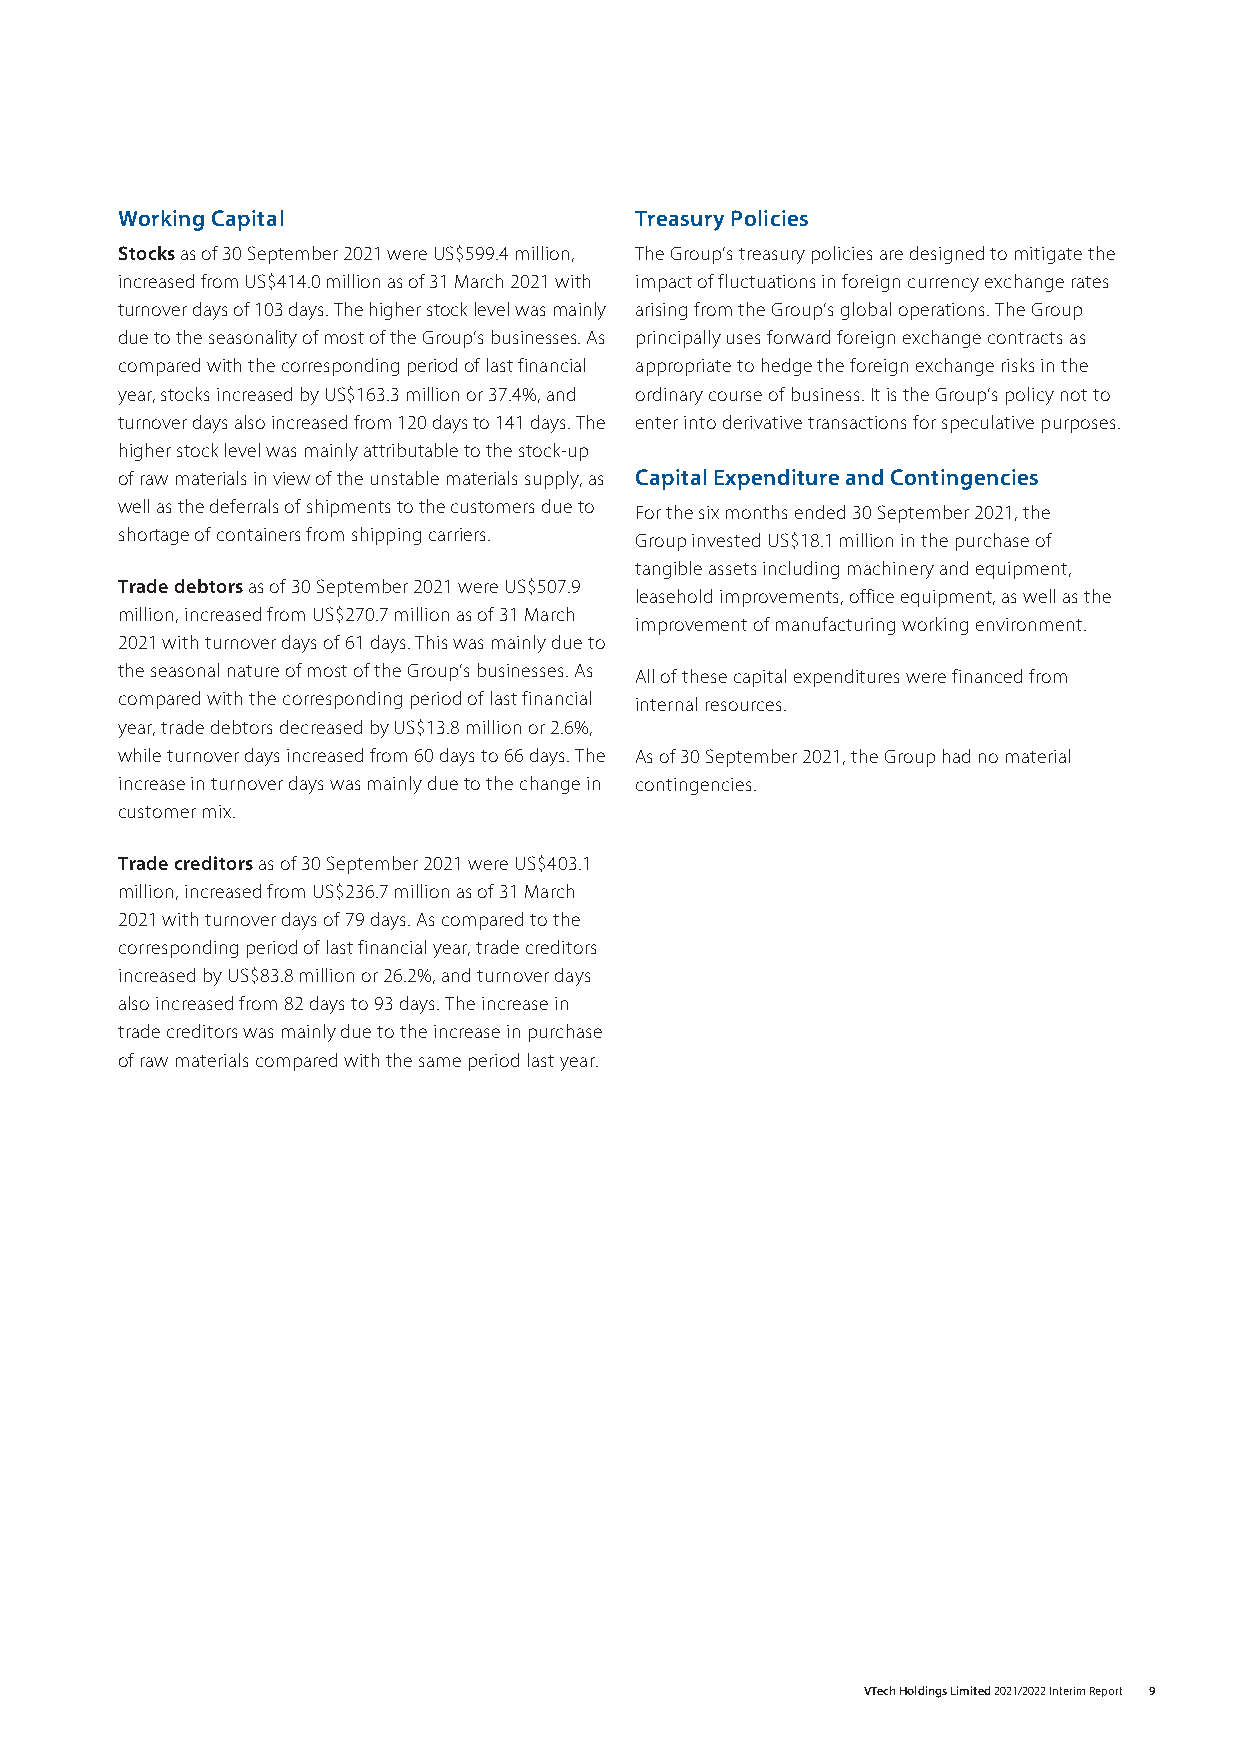
Working Capital                   Treasury Policies
 Stocks as of 30 September 2021 were US$599.4 million, The Group’s treasury policies are designed to mitigate the
 increased from US$414.0 million as of 31 March 2021 with impact of fluctuations in foreign currency exchange rates
 turnover days of 103 days. The higher stock level was mainly arising from the Group’s global operations. The Group
 due to the seasonality of most of the Group’s businesses. As principally uses forward foreign exchange contracts as
 compared with the corresponding period of last financial appropriate to hedge the foreign exchange risks in the
 year, stocks increased by US$163.3 million or 37.4%, and ordinary course of business. It is the Group’s policy not to
 turnover days also increased from 120 days to 141 days. The enter into derivative transactions for speculative purposes.
 higher stock level was mainly attributable to the stock-up
 of raw materials in view of the unstable materials supply, as Capital Expenditure and Contingencies
 well as the deferrals of shipments to the customers due to For the six months ended 30 September 2021, the
 shortage of containers from shipping carriers. Group invested US$18.1 million in the purchase of
 tangible assets including machinery and equipment,
 Trade debtors as of 30 September 2021 were US$507.9
 leasehold improvements, office equipment, as well as the
 million, increased from US$270.7 million as of 31 March
 improvement of manufacturing working environment.
 2021 with turnover days of 61 days. This was mainly due to
 the seasonal nature of most of the Group’s businesses. As All of these capital expenditures were financed from
 compared with the corresponding period of last financial internal resources.
 year, trade debtors decreased by US$13.8 million or 2.6%,
 while turnover days increased from 60 days to 66 days. The As of 30 September 2021, the Group had no material
 increase in turnover days was mainly due to the change in contingencies.
 customer mix.
 Trade creditors as of 30 September 2021 were US$403.1
 million, increased from US$236.7 million as of 31 March
 2021 with turnover days of 79 days. As compared to the
 corresponding period of last financial year, trade creditors
 increased by US$83.8 million or 26.2%, and turnover days
 also increased from 82 days to 93 days. The increase in
 trade creditors was mainly due to the increase in purchase
 of raw materials compared with the same period last year.
 VTech Holdings Limited 2021/2022 Interim Report 9